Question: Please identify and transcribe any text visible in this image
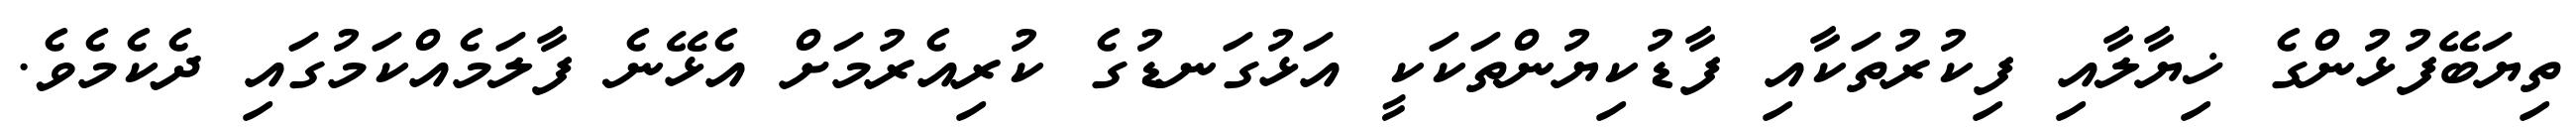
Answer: ތިޔަބޭފުޅުންގެ ޚިޔާލާއި ފިކުރުތަކާއި ފާޑުކިޔުންތަކަކީ އަޅުގަނޑުގެ ކުރިއެރުމަށް އެޅޭނެ ފާލަމެއްކަމުގައި ދެކެމެވެ.